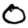
Digit: 0